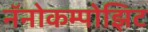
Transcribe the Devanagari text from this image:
नॅनोकम्पोझिट